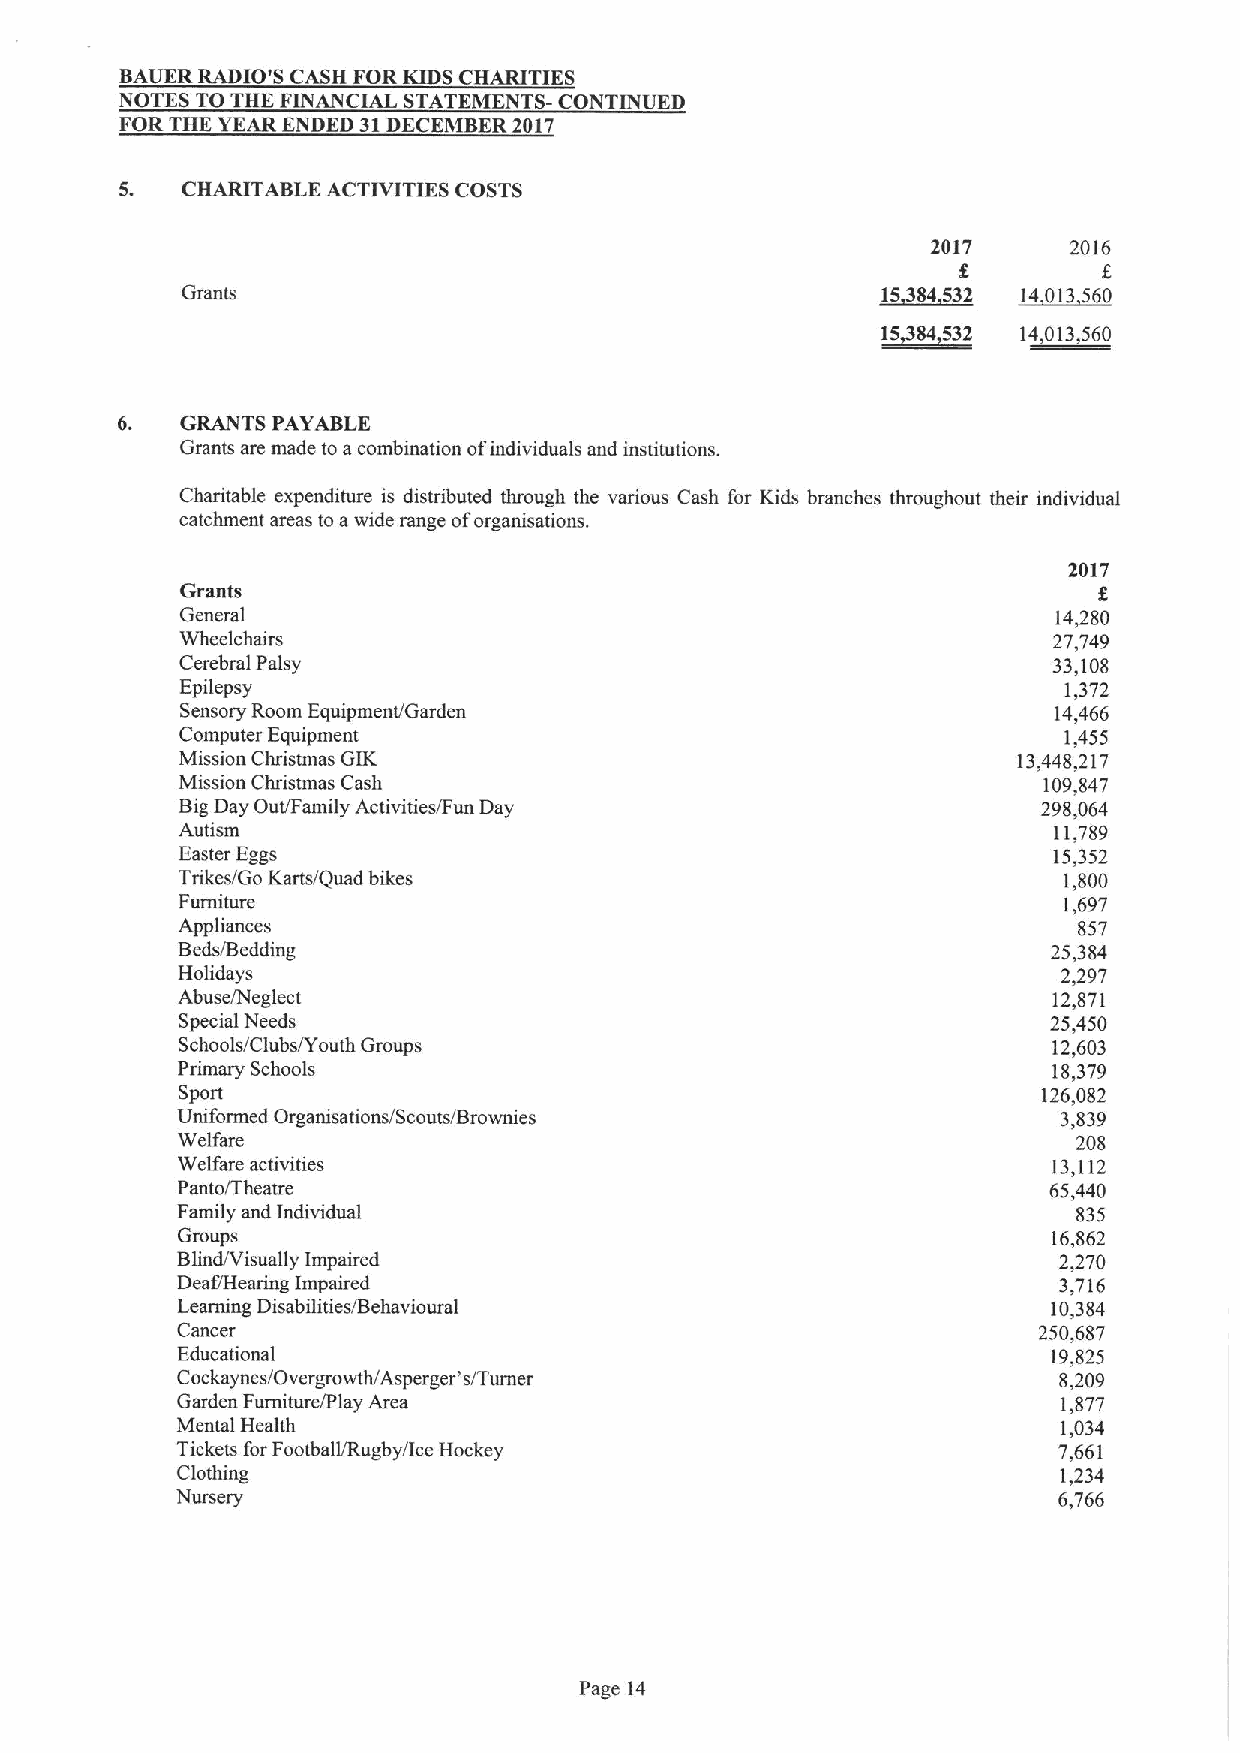
BAUER RADIO'S CASH FOR KIDS CHARITIES
 NOTES TO THE FINANCIAL STATEMENTS- CONTINUED
 FOR THE YEAR ENDED 31DECEMBER 2017
 5.  CHARITABLE ACTIVITIES COSTS
 2017     2016
 f        f
 84532  14013560
 ~15
 1~5384532 14~013,560
 GRANTS PAYABLE
 Grants are made to acombination ofindividuals and institutions.
 Charitable expenditure is distributed through the various Cash for Kids branches throughout their individual
 catchment areas to awide range oforganisations.
 2017
 Grants
 General                                                   14,280
 Wheelchairs                                               27,749
 Cerebral Palsy                                            33,108
 Epilepsy                                                  1,372
 Sensory Room Equipment/Garden                             14,466
 Computer Equipment                                        1,455
 Mission Christmas GIK                                  13,448,217
 Mission Christmas Cash                                   109,847
 BigDay Out/Family Activities/Fun Day                     298,064
 Autism                                                    11,789
 Easter Eggs                                               15,352
 Trikes/Go Karts/Quad bikes                                1,800
 Furniture                                                 1,697
 Appliances                                                 857
 Beds/Bedding                                              25,384
 Holidays                                                  2,297
 Abuse/Neglect                                             12,871
 Special Needs                                             25,450
 Schools/Clubs/Youth Groups                                12,603
 Primary Schools                                           18,379
 Sport                                                    126,082
 Uniformed Organisations/Scouts/Brownies                   3,839
 Welfare                                                    208
 Welfare activities                                        13,112
 Panto/Theatre                                            65,440
 Family and Individual                                      835
 Groups                                                    16,862
 Blind/Visually Impaired                                   2,270
 Deaf/Hearing Impaired                                     3,716
 Learning Disabilities/Behavioural                         10,384
 Cancer                                                   250,687
 Educational                                               19,825
 Cockaynes/Overgrowth/Asperger's/Turner                    8,209
 Garden Furniture/Play Area                                1,877
 Mental Health                                             1,034
 Tickets for Football/Rugby/ice Hockey                     7,661
 Clothing                                                  1,234
 Nursery                                                   6,766
 Page 14